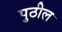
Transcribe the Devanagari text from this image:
पुठील